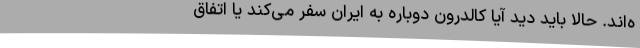
ه‌اند. حالا باید دید آیا کالدرون دوباره به ایران سفر می‌کند یا اتفاق